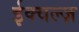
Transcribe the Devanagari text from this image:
ईक्वल्ज़